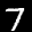
Label: 7